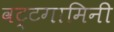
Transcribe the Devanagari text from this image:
वट्टगामिनी